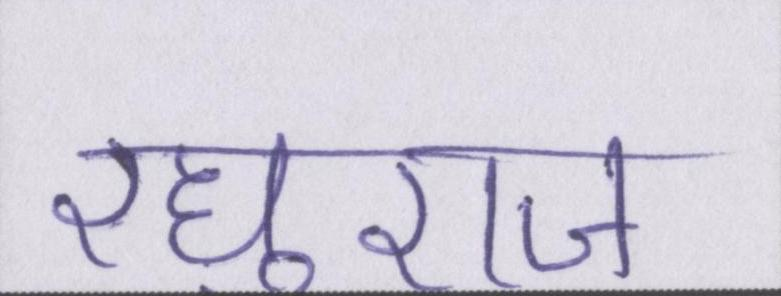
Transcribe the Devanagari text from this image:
रघुराज